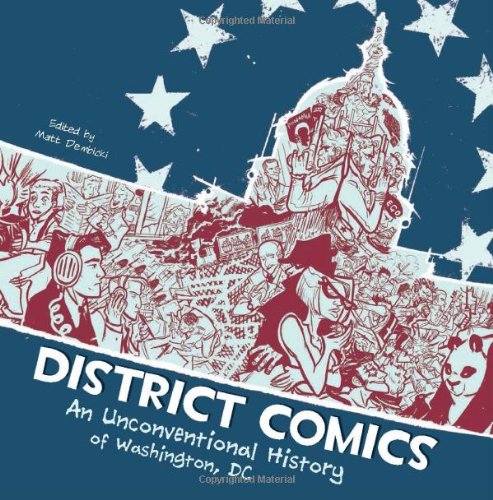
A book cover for District Comics: An Unconventional History of Washington, DC; Scott  O. Brown; Children's Books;